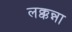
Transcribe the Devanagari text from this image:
लक्कन्ना